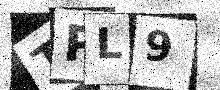
Text: TPL9